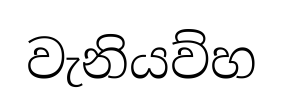
වැනියව්හ